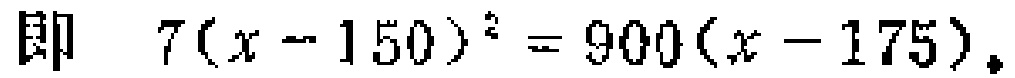
即 \(7(x - 150)^{2} = 900(x - 175)\)。